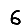
Digit: 6